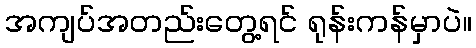
အကျပ်အတည်းတွေ့ရင် ရုန်းကန်မှာပဲ။